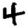
Digit: 4